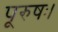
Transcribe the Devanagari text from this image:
पूरुषः।